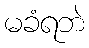
မခံရဘဲ